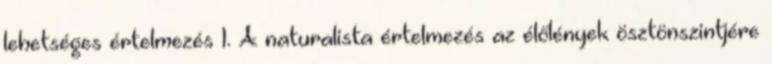
lehetséges értelmezés 1. A naturalista értelmezés az élőlények ösztönszintjére